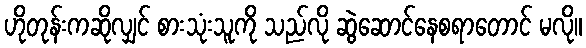
ဟိုတုန်းကဆိုလျှင် စားသုံးသူကို သည်လို ဆွဲဆောင်နေစရာတောင် မလို။